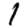
Digit: 1